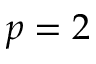
p = 2